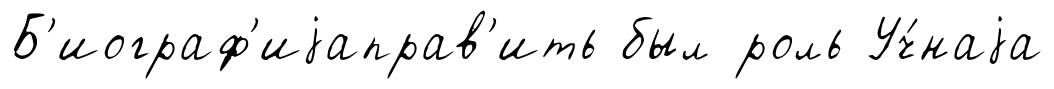
Б'иограф'иjаправ'ить был роль Уч́наjа